Investigations into the jail dietaries of the United Provinces with some observations on the influence of dietary on the physical development and well-being of the people of the United Provinces - Number 48
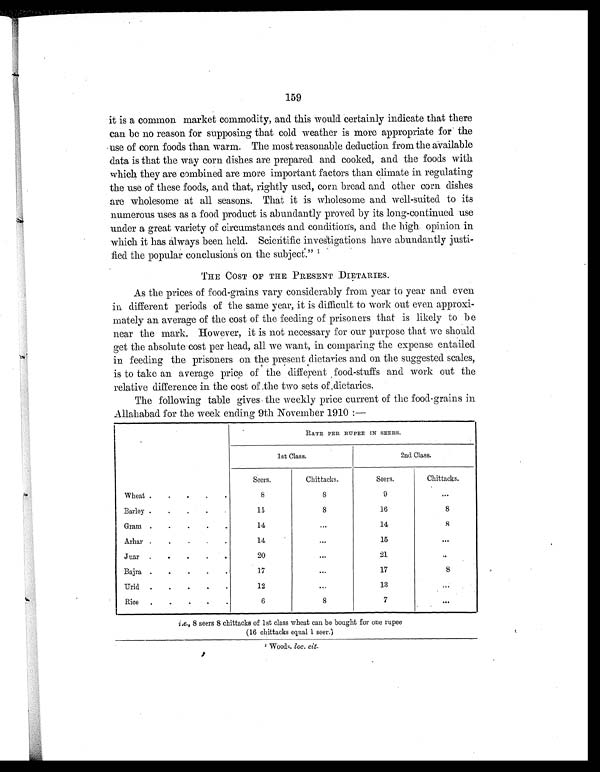
159
it is a common market commodity, and this would certainly indicate that there
can be no reason for supposing that cold weather is more appropriate for the
use of corn foods than warm. The most reasonable deduction from the available
data is that the way corn dishes are prepared and cooked, and the foods with
which they are combined are more important factors than climate in regulating
the use of these foods, and that, rightly used, corn bread and other corn dishes
are wholesome at all seasons. That it is wholesome and well-suited to its
numerous uses as a food product is abundantly proved by its long-continued use
under a great variety of circumstances and conditions, and the high opinion in
which it has always been held. Scientific investigations have abundantly justi-
fied the popular conclusions on the subject.°" 1
THE COST OF THE PRESENT DIETARIES.
As the prices of food-grains vary considerably from year to year and even
in different periods of the same year, it is difficult to work out even approxi-
mately an average of the cost of the feeding of prisoners that is likely to be
near the mark. However, it is not necessary for our purpose that we should
get the absolute cost per head, all we want, in comparing the expense entailed
in feeding the prisoners on the present °dietaries and on the suggested scales,
is to take an average price of the different , food-stuffs and work out the
relative difference in the cost of the two sets of dietaries.
The following table gives the weekly price current of the food-grains in
Allahabad for the week ending 9th November 1910
RATE PER RUPEE IN SEERS.
1st Class.
2nd Class.
Seers.
Chittacks.
Seers.
Chittacks.
Wheat. . . . .
8
8
9
. . .
Barley . . . .
15
8
16
8
Gram . . . . .
14
...
14
8
Arhar . . . . .
14
. . .
15
. . .
Juar . . . . .
20
...
21
. . .
Bajra. . . . .
17
. . .
17
8
Urid . . . . .
12
. . .
13
. . .
Rice . . . . .
6
8
7
. . .
i.e., 8 seers 8 chittacks of 1st class wheat can be bought for one rupee
(16 chittacks equal 1 seer.)
1 Woods. loc. cit.